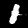
Label: 1